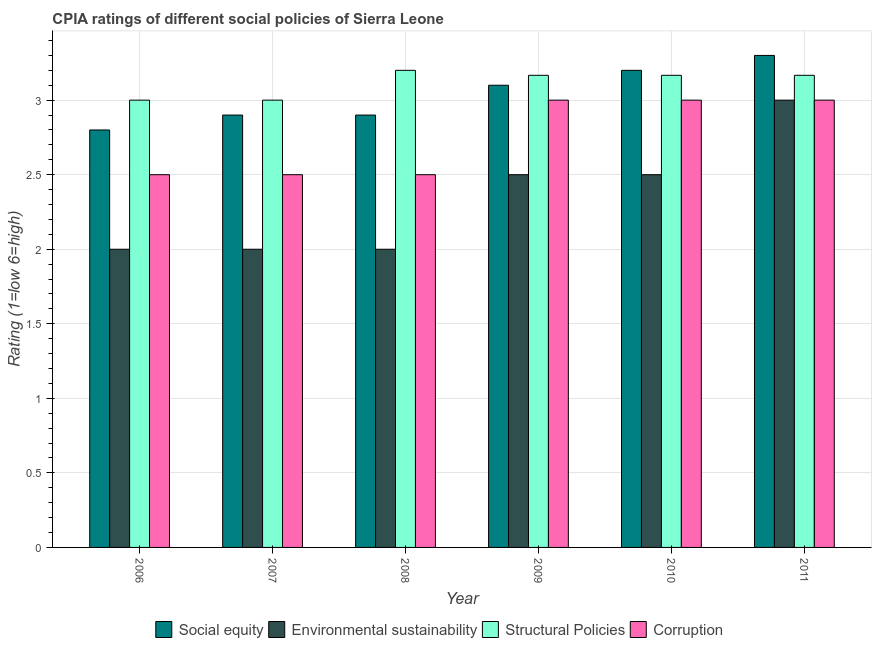
| Year | Social equity | Environmental sustainability | Structural Policies | Corruption |
 | --- | --- | --- | --- | --- |
 | 2006 | 2.8 | 2 | 3 | 2.5 |
 | 2007 | 2.9 | 2 | 3 | 2.5 |
 | 2008 | 2.9 | 2 | 3.2 | 2.5 |
 | 2009 | 3.1 | 2.5 | 3.17 | 3 |
 | 2010 | 3.2 | 2.5 | 3.17 | 3 |
 | 2011 | 3.3 | 3 | 3.17 | 3 |